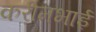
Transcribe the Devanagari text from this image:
करीमभाई